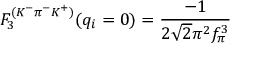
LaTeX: F _ { 3 } ^ { ( K ^ { - } \pi ^ { - } K ^ { + } ) } ( q _ { i } = 0 ) = \frac { - 1 } { 2 \sqrt { 2 } \pi ^ { 2 } f _ { \pi } ^ { 3 } }